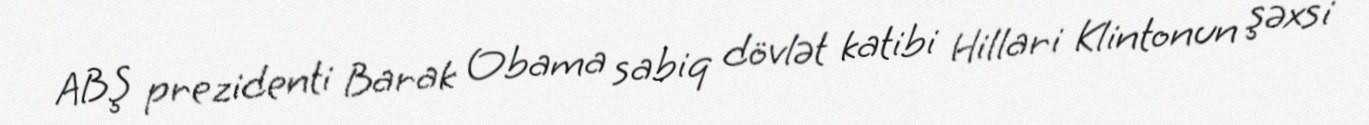
ABŞ prezidenti Barak Obama sabiq dövlət katibi Hillari Klintonun şəxsi